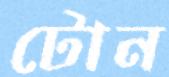
টোন